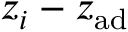
z _ { i } - z _ { \mathrm { a d } }